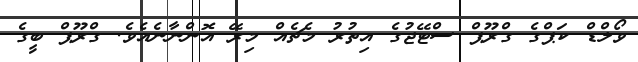
ވޯލްޑް ކަޕްގެ ގްރޫޕް ސްޓޭޖުގެ އިތުރު މެޗެއް މިރޭ އޮންނާނެއެވެ. ގްރޫޕް ބީގެ